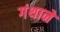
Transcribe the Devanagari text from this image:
गंथाने